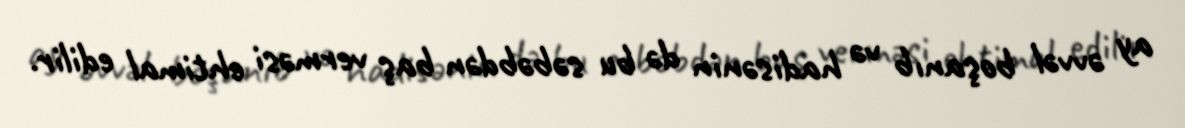
ay əvvəl boşanıb və hadisənin də bu səbəbdən baş verməsi ehtimal edilir.